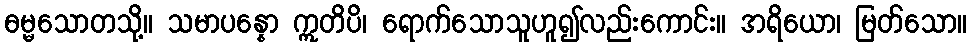
ဓမ္မသောတသို့။ သမာပန္နော ဣတိပိ၊ ရောက်သောသူဟူ၍လည်းကောင်း။ အရိယော၊ မြတ်သော။